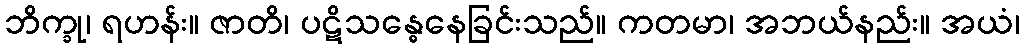
ဘိက္ခု၊ ရဟန်း။ ဇာတိ၊ ပဋိသန္ဓေနေခြင်းသည်။ ကတမာ၊ အဘယ်နည်း။ အယံ၊